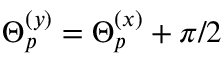
\Theta _ { p } ^ { ( y ) } = \Theta _ { p } ^ { ( x ) } + \pi / 2